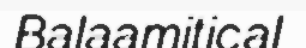
Balaamitical